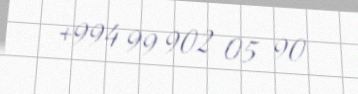
+994 99 902 05 90